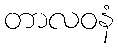
တာလဝနံ